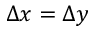
\Delta x = \Delta y